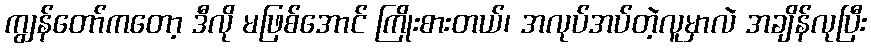
ကျွန်တော်ကတော့ ဒီလို မဖြစ်အောင် ကြိုးစားတယ်၊ အလုပ်အပ်တဲ့လူမှာလဲ အချိန်လုပြီး